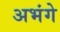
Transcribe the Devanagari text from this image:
अभंगे